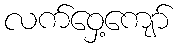
လက်ဝှေ့ကျော်